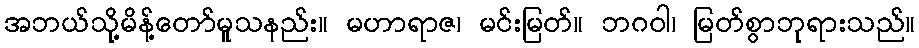
အဘယ်သို့မိန့်တော်မူသနည်း။ မဟာရာဇ၊ မင်းမြတ်။ ဘဂဝါ၊ မြတ်စွာဘုရားသည်။